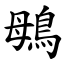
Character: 䳇